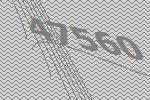
47560